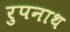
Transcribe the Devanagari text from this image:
रुपनाथ